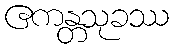
ဧကန္တသုခဿ